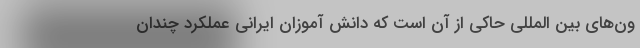
ون‌های بین المللی حاکی از آن است که دانش آموزان ایرانی عملکرد چندان